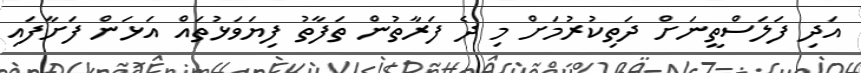
އަދި ފަލަސްތީނަށް ދަތިކުރުމަށް މި ދެ ފަރާތުން ތަފާތު ފިޔަވަޅުތައް އަޅަން ފަށާފައި